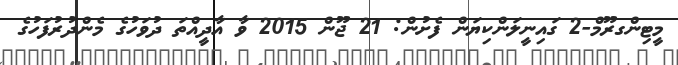
މީޓިންގރޫމް-2 ގައިނީލަންކިޔަން ފެށުން: 21 ޖޫން 2015 ވާ އާދީއްތަ ދުވަހުގެ މެންދުރުފަހުގެ